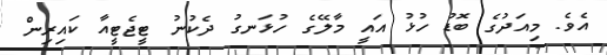
އެވެ. މިއަދުގެ ބޮޑު ހުޅު އައީ މާލޭގެ ހުޅަނގު ދެކުނު ޓީޖެޓީއާ ކައިރިން